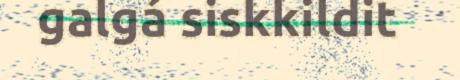
galgá siskkildit